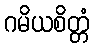
ဂမိယစိတ္တံ